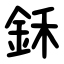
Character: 鉌